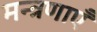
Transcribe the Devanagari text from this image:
मन्त्रणाएँ